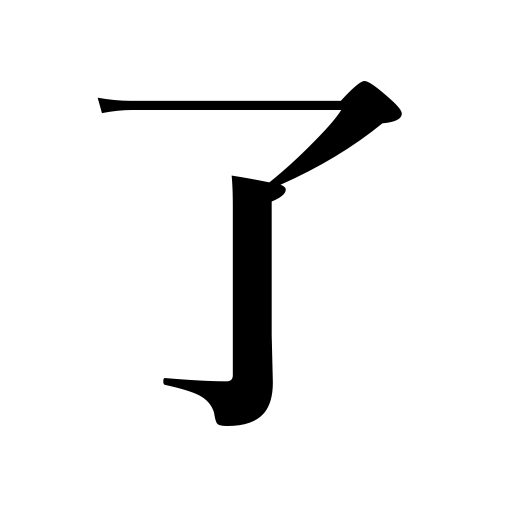
Meanings: understand,complete,finish